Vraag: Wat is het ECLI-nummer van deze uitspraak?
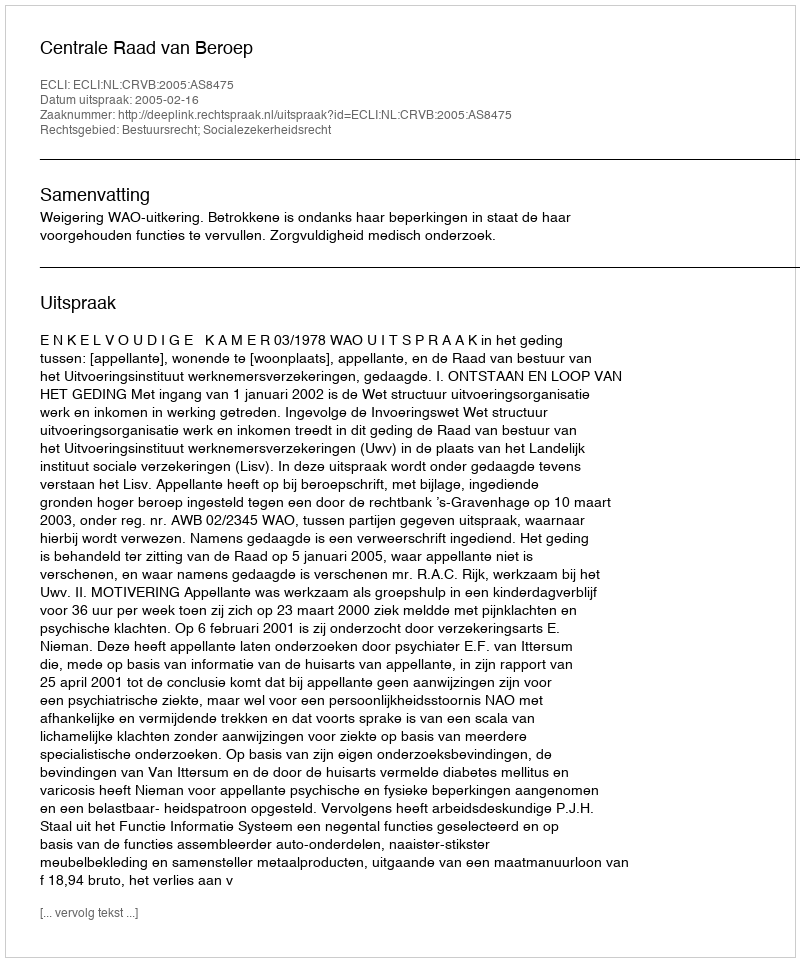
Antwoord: ECLI:NL:CRVB:2005:AS8475